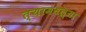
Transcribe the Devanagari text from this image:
त्यामधल्या